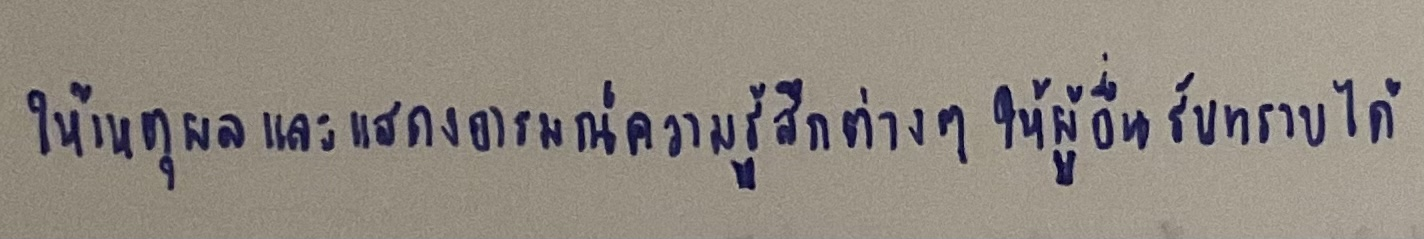
ให้เหตุผลและแสดงอารมณ์ความรู้สึกต่างๆให้ผู้อื่นรับทราบได้